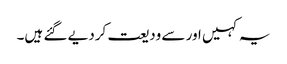
یہ کہیں اور سے ودیعت کردیے گئے ہیں۔